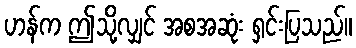
ဟန်က ဤသို့လျှင် အစအဆုံး ရှင်းပြသည်။